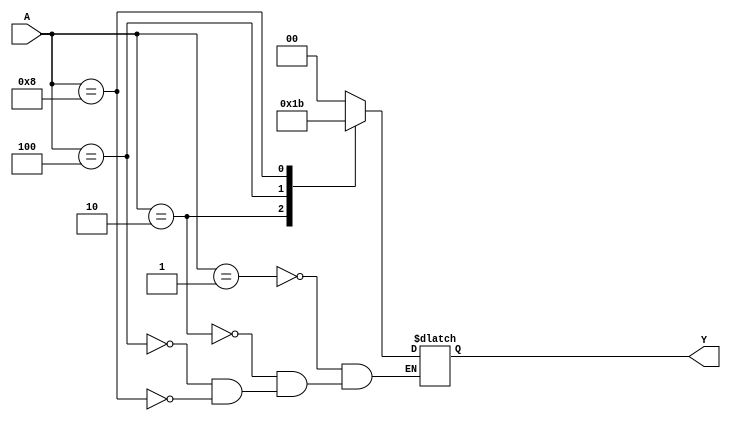
//Creating 4:2 Encoder using case statement behavioural modeling
module FourintoTwoEndcoder(A,Y);
  output[1:0] Y;
  input [3:0] A;
  reg [1:0] Y;
  
  always @(A)
  case(A)
    4'b0001 : Y = 2'b00;
    4'b0010 : Y = 2'b01;
    4'b0100 : Y = 2'b10;
    4'b1000 : Y = 2'b11;
  endcase
endmodule